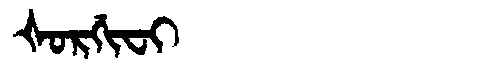
Manchu: ᡧᠣᡵᡤᡳᠸᡳ
Romanization: ŠORGIFI